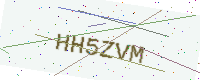
Text: HH5ZVM